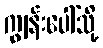
ကျွန်းပေါ်သို့